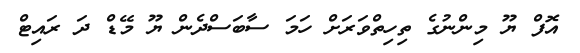
އޮފް ޔޫ މިންނުގެ ތިހިތްވަރަށް ހަމަ ސާބަސްދެން ޔޫ މޭޑް ދަ ރައިޓް